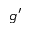
g ^ { \prime }